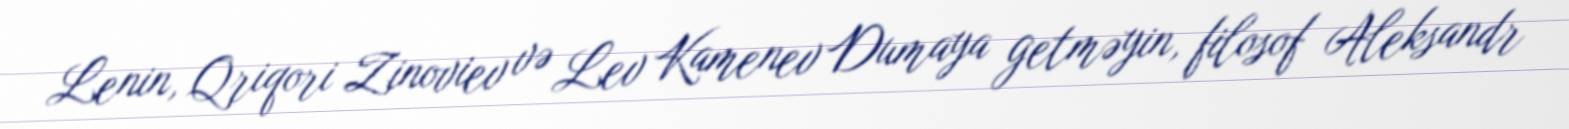
Lenin, Qriqori Zinoviev və Lev Kamenev Dumaya getməyin, filosof Aleksandr